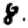
Digit: 8